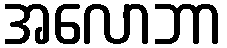
အလောဘာ